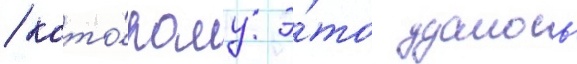
/ кото́рому э́то удалось